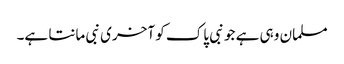
مسلمان وہی ہے جو نبی پاک کو آخری نبی مانتا ہے۔